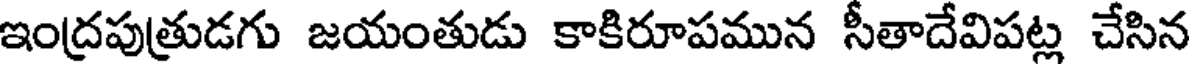
ఇంద్రపుత్రుడగు జయంతుడు కాకిరూపమున సీతాదేవిపట్ల చేసిన